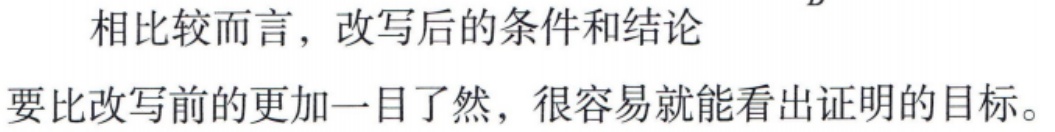
相比较而言，改写后的条件和结论要比改写前的更加一目了然，很容易就能看出证明的目标。